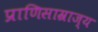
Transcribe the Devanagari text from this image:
प्राणिसाम्राज्य